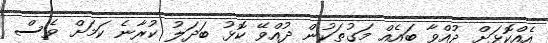
އެއްކޮޅަށް ދުއްވާ ބައެއް މަގުތަކުން ދުއްވޭ ކޮޅު ބަދަލު ކުރާނެ ކަމަށް ވެސް